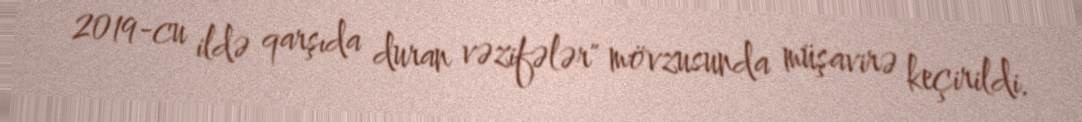
2019-cu ildə qarşıda duran vəzifələr" mövzusunda müşavirə keçirildi.